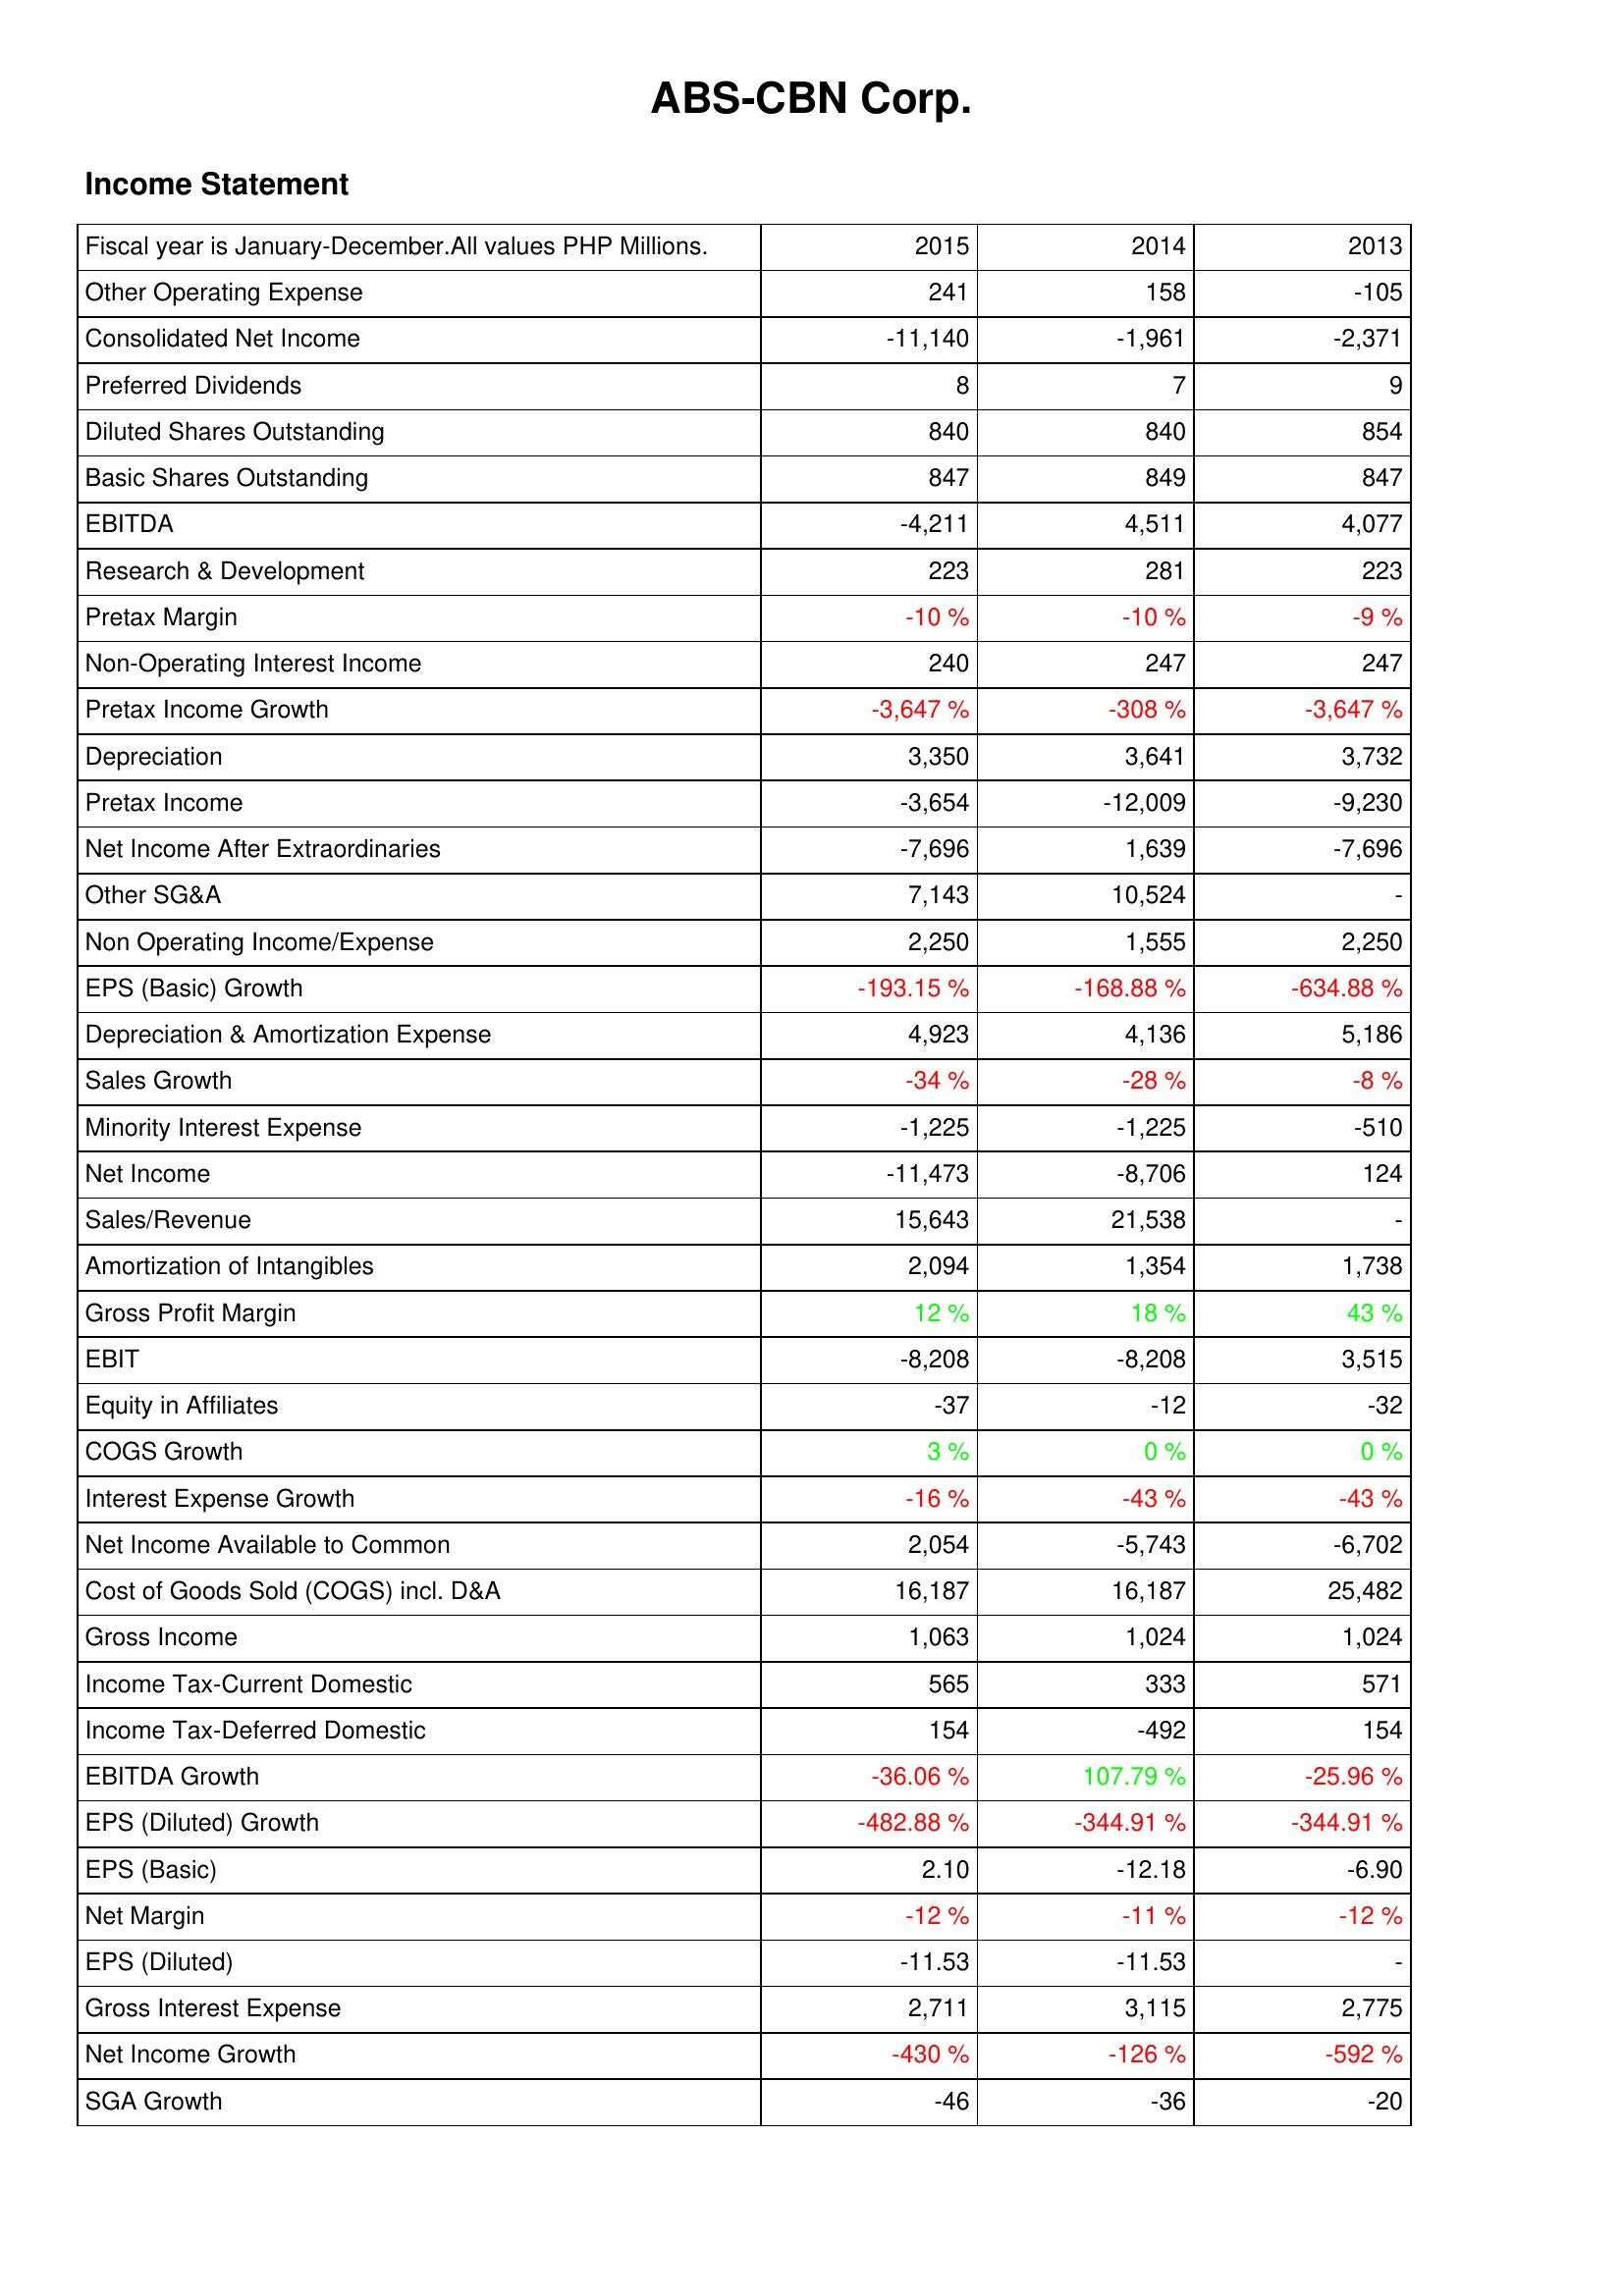
2015: Income Statement: Other Operating Expense: 241
Consolidated Net Income: -11,140
Preferred Dividends: 8
Diluted Shares Outstanding: 840
Basic Shares Outstanding: 847
EBITDA: -4,211
Research & Development: 223
Pretax Margin: -10 %
Non-Operating Interest Income: 240
Pretax Income Growth: -3,647 %
Depreciation: 3,350
Pretax Income: -3,654
Net Income After Extraordinaries: -7,696
Other SG&A: 7,143
Non Operating Income/Expense: 2,250
EPS (Basic) Growth: -193.15 %
Depreciation & Amortization Expense: 4,923
Sales Growth: -34 %
Minority Interest Expense: -1,225
Net Income: -11,473
Sales/Revenue: 15,643
Amortization of Intangibles: 2,094
Gross Profit Margin: 12 %
EBIT: -8,208
Equity in Affiliates: -37
COGS Growth: 3 %
Interest Expense Growth: -16 %
Net Income Available to Common: 2,054
Cost of Goods Sold (COGS) incl. D&A: 16,187
Gross Income: 1,063
Income Tax-Current Domestic: 565
Income Tax-Deferred Domestic: 154
EBITDA Growth: -36.06 %
EPS (Diluted) Growth: -482.88 %
EPS (Basic): 2.10
Net Margin: -12 %
EPS (Diluted): -11.53
Gross Interest Expense: 2,711
Net Income Growth: -430 %
SGA Growth: -46
2014: Income Statement: Other Operating Expense: 158
Consolidated Net Income: -1,961
Preferred Dividends: 7
Diluted Shares Outstanding: 840
Basic Shares Outstanding: 849
EBITDA: 4,511
Research & Development: 281
Pretax Margin: -10 %
Non-Operating Interest Income: 247
Pretax Income Growth: -308 %
Depreciation: 3,641
Pretax Income: -12,009
Net Income After Extraordinaries: 1,639
Other SG&A: 10,524
Non Operating Income/Expense: 1,555
EPS (Basic) Growth: -168.88 %
Depreciation & Amortization Expense: 4,136
Sales Growth: -28 %
Minority Interest Expense: -1,225
Net Income: -8,706
Sales/Revenue: 21,538
Amortization of Intangibles: 1,354
Gross Profit Margin: 18 %
EBIT: -8,208
Equity in Affiliates: -12
COGS Growth: 0 %
Interest Expense Growth: -43 %
Net Income Available to Common: -5,743
Cost of Goods Sold (COGS) incl. D&A: 16,187
Gross Income: 1,024
Income Tax-Current Domestic: 333
Income Tax-Deferred Domestic: -492
EBITDA Growth: 107.79 %
EPS (Diluted) Growth: -344.91 %
EPS (Basic): -12.18
Net Margin: -11 %
EPS (Diluted): -11.53
Gross Interest Expense: 3,115
Net Income Growth: -126 %
SGA Growth: -36
2013: Income Statement: Other Operating Expense: -105
Consolidated Net Income: -2,371
Preferred Dividends: 9
Diluted Shares Outstanding: 854
Basic Shares Outstanding: 847
EBITDA: 4,077
Research & Development: 223
Pretax Margin: -9 %
Non-Operating Interest Income: 247
Pretax Income Growth: -3,647 %
Depreciation: 3,732
Pretax Income: -9,230
Net Income After Extraordinaries: -7,696
Other SG&A: -
Non Operating Income/Expense: 2,250
EPS (Basic) Growth: -634.88 %
Depreciation & Amortization Expense: 5,186
Sales Growth: -8 %
Minority Interest Expense: -510
Net Income: 124
Sales/Revenue: -
Amortization of Intangibles: 1,738
Gross Profit Margin: 43 %
EBIT: 3,515
Equity in Affiliates: -32
COGS Growth: 0 %
Interest Expense Growth: -43 %
Net Income Available to Common: -6,702
Cost of Goods Sold (COGS) incl. D&A: 25,482
Gross Income: 1,024
Income Tax-Current Domestic: 571
Income Tax-Deferred Domestic: 154
EBITDA Growth: -25.96 %
EPS (Diluted) Growth: -344.91 %
EPS (Basic): -6.90
Net Margin: -12 %
EPS (Diluted): -
Gross Interest Expense: 2,775
Net Income Growth: -592 %
SGA Growth: -20